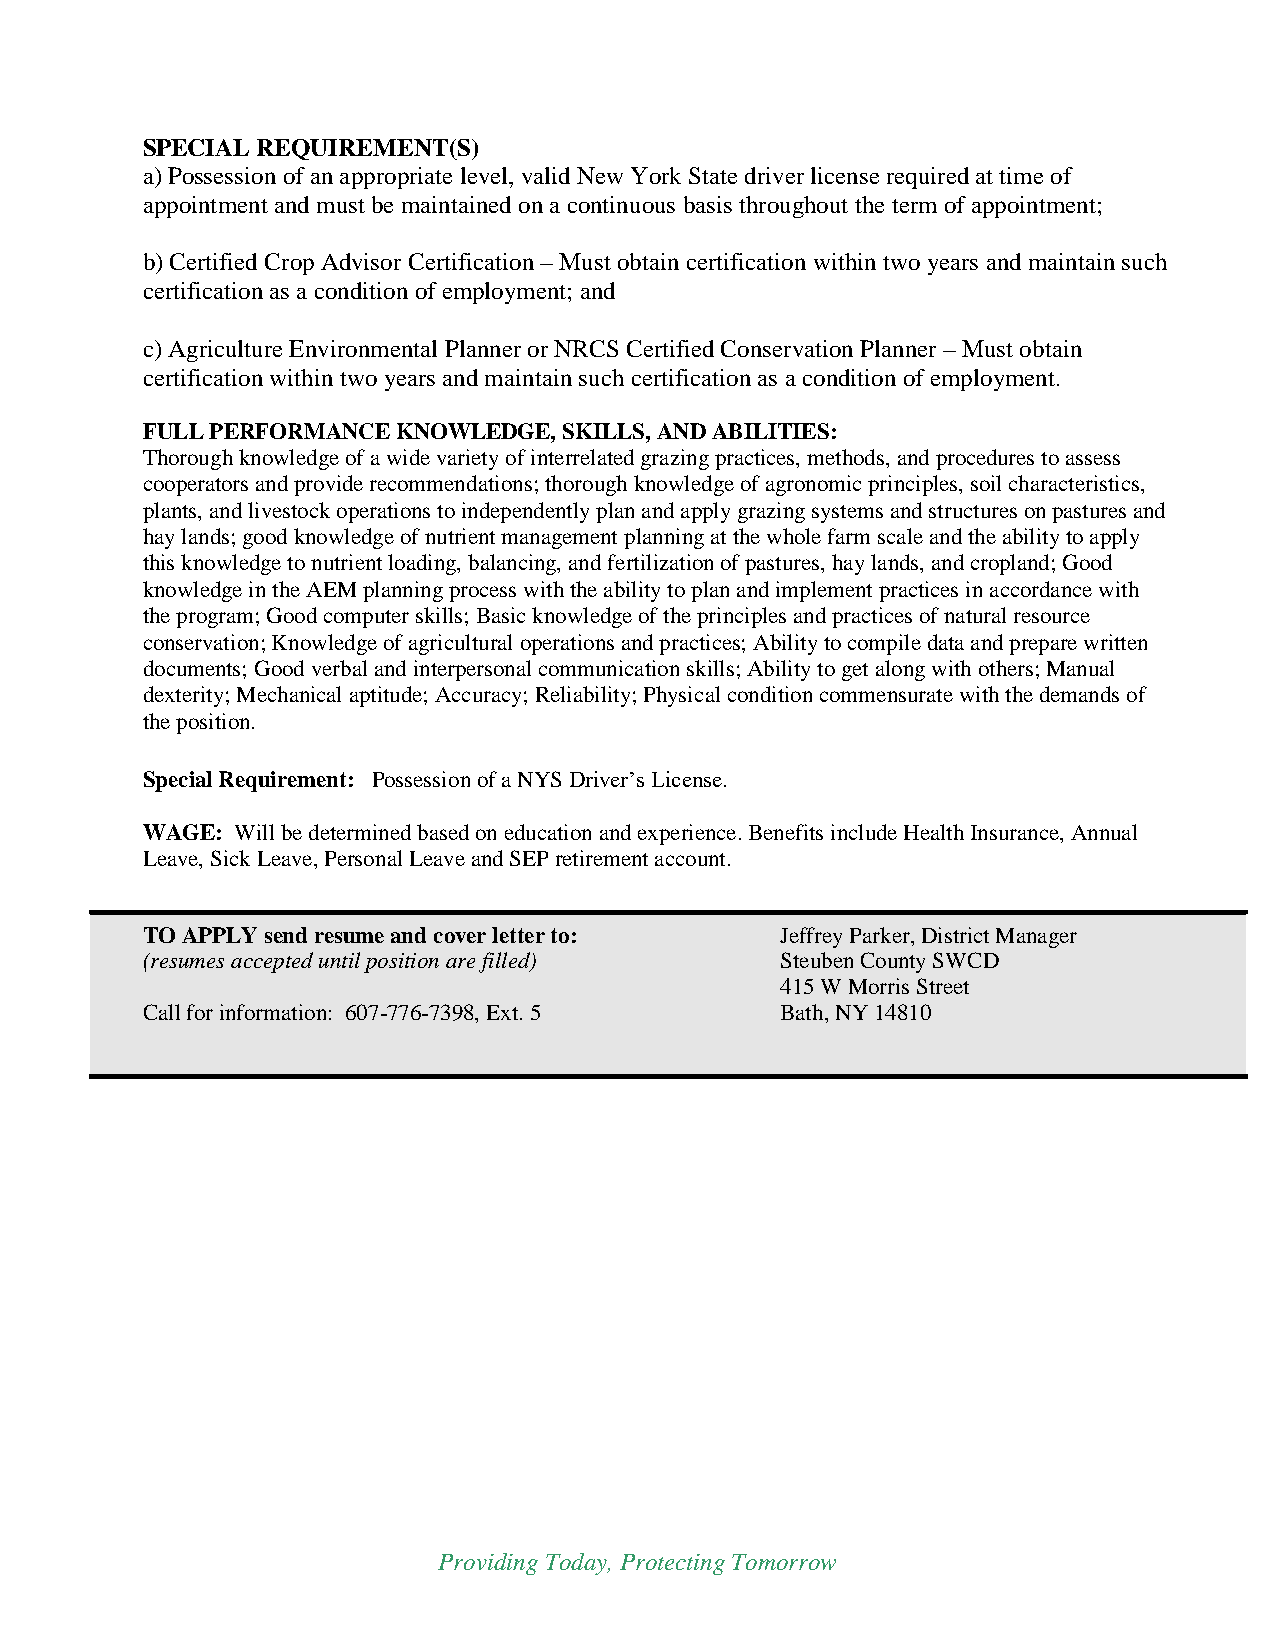
SPECIAL REQUIREMENT(S)
 a) Possession of an appropriate level, valid New York State driver license required at time of
 appointment and must be maintained on a continuous basis throughout the term of appointment;
 b) Certified Crop Advisor Certification – Must obtain certification within two years and maintain such
 certification as a condition of employment; and
 c) Agriculture Environmental Planner or NRCS Certified Conservation Planner – Must obtain
 certification within two years and maintain such certification as a condition of employment.
 FULL PERFORMANCE KNOWLEDGE, SKILLS, AND ABILITIES:
 Thorough knowledge of a wide variety of interrelated grazing practices, methods, and procedures to assess
 cooperators and provide recommendations; thorough knowledge of agronomic principles, soil characteristics,
 plants, and livestock operations to independently plan and apply grazing systems and structures on pastures and
 hay lands; good knowledge of nutrient management planning at the whole farm scale and the ability to apply
 this knowledge to nutrient loading, balancing, and fertilization of pastures, hay lands, and cropland; Good
 knowledge in the AEM planning process with the ability to plan and implement practices in accordance with
 the program; Good computer skills; Basic knowledge of the principles and practices of natural resource
 conservation; Knowledge of agricultural operations and practices; Ability to compile data and prepare written
 documents; Good verbal and interpersonal communication skills; Ability to get along with others; Manual
 dexterity; Mechanical aptitude; Accuracy; Reliability; Physical condition commensurate with the demands of
 the position.
 Special Requirement: Possession of a NYS Driver’s License.
 WAGE:  Will be determined based on education and experience. Benefits include Health Insurance, Annual
 Leave, Sick Leave, Personal Leave and SEP retirement account.
 TO APPLY send resume and cover letter to:  Jeffrey Parker, District Manager
 (resumes accepted until position are filled) Steuben County SWCD
 415 W Morris Street
 Call for information: 607-776-7398, Ext. 5 Bath, NY 14810
 Providing Today, Protecting Tomorrow